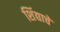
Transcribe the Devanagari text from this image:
शिंद्याचे